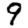
Digit: 9